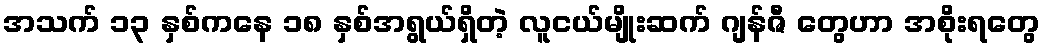
အသက် ၁၃ နှစ်ကနေ ၁၈ နှစ်အရွယ်ရှိတဲ့ လူငယ်မျိုးဆက် ဂျန်ဇီ တွေဟာ အစိုးရတွေ